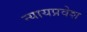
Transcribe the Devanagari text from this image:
न्यायप्रवेश